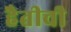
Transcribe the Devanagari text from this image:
हैतीची